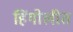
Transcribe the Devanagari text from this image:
हिंगोलीत